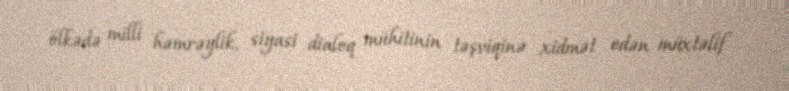
ölkədə milli həmrəylik, siyasi dialoq mühitinin təşviqinə xidmət edən müxtəlif